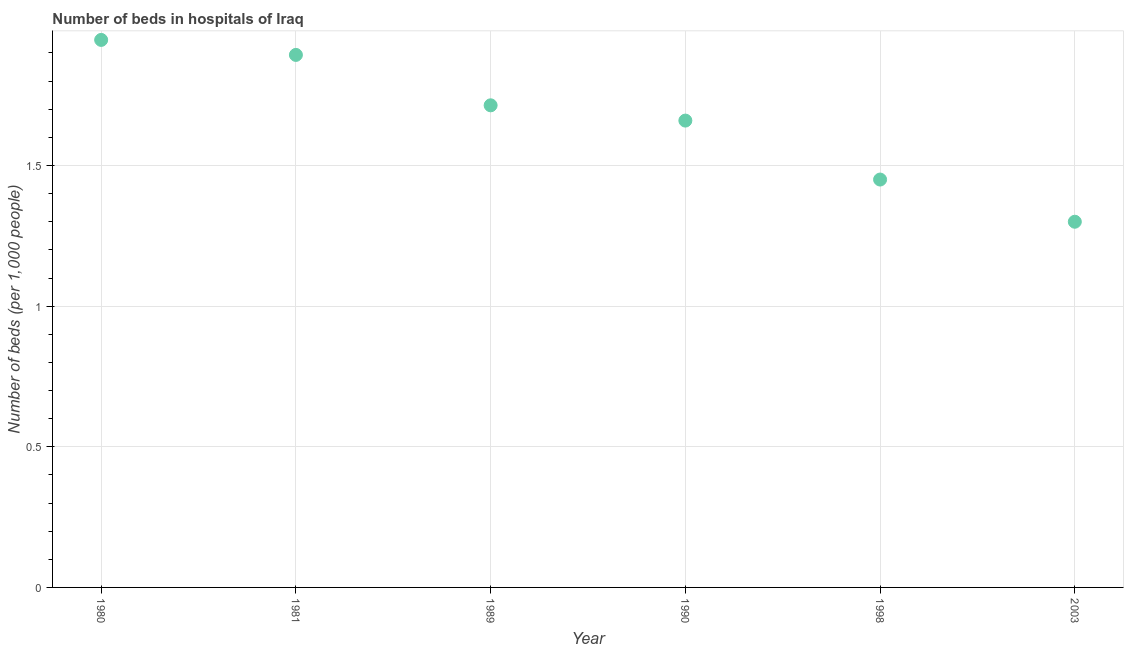
| Year | Hospital beds |
 | --- | --- |
 | 1980 | 1.95 |
 | 1981 | 1.89 |
 | 1989 | 1.71 |
 | 1990 | 1.66 |
 | 1998 | 1.45 |
 | 2003 | 1.3 |